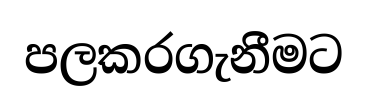
පලකරගැනීමට